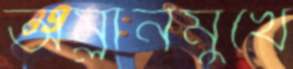
অম্লানমুখে